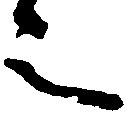
言